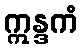
ဣန္ဒကံ